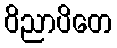
ဝိညာပိတေ